Indian journal of veterinary science and animal husbandry - Volume 7,
Year: 1937
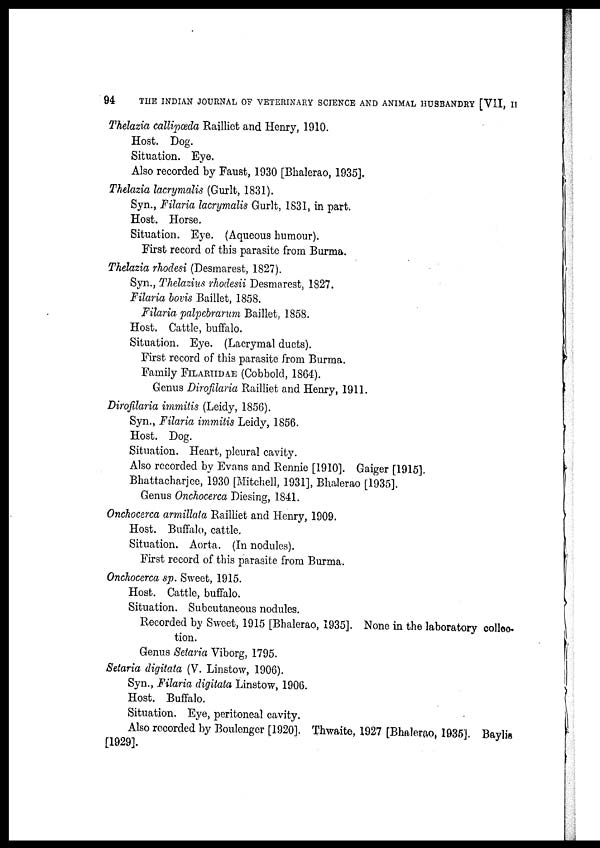
94
THE INDIAN JOURNAL OF VETERINARY SCIENCE AND ANIMAL HUSBANDRY [VII, II
Thelazia callipœda Railliet and Henry, 1910.
Host. Dog.
Situation. Eye.
Also recorded by Faust, 1930 [Bhalerao, 1935].
Thelazia lacrymalis (Gurlt, 1831).
Syn., Filaria lacrymalis Gurlt, 1831, in part.
Host. Horse.
Situation. Eye. (Aqueous humour).
First record of this parasite from Burma.
Thelazia rhodesi (Desmarest, 1827).
Syn., Thelazius rhodesii Desmarest, 1827.
Filaria bovis Baillet, 1858.
Filaria palpebrarum Baillet, 1858.
Host. Cattle, buffalo.
Situation. Eye. (Lacrymal ducts).
First record of this parasite from Burma.
Family FILARIIDAE (Cobbold, 1864).
Genus Dirofilaria Railliet and Henry, 1911.
Dirofilaria immitis (Leidy, 1856).
Syn., Filaria immitis Leidy, 1856.
Host. Dog.
Situation. Heart, pleural cavity.
Also recorded by Evans and Rennie [1910]. Gaiger [1915].
Bhattacharjee, 1930 [Mitchell, 1931], Bhalerao [1935].
Genus Onchocerca Diesing, 1841.
Onchocerca armillata Railliet and Henry, 1909.
Host. Buffalo, cattle.
Situation. Aorta. (In nodules).
First record of this parasite from Burma.
Onchocerca sp. Sweet, 1915.
Host. Cattle, buffalo.
Situation. Subcutaneous nodules.
Recorded by Sweet, 1915 [Bhalerao, 1935]. None in the laboratory collec¬
tion.
Genus Setaria Viborg, 1795.
Setaria digitata (V. Linstow, 1906).
Syn., Filaria digitata Linstow, 1906.
Host. Buffalo.
Situation. Eye, peritoneal cavity.
Also recorded by Boulenger [1920]. Thwaite, 1927 [Bhalerao, 1935] Baylis
[1929].